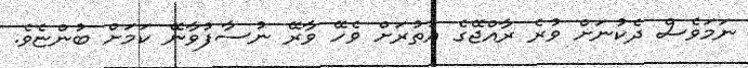
ނަމަވެސް ދެކުނަށް ވުރެ ރާއްޖޭގެ އުތުރަށް ވެހޭ ވާރޭ ނުސާފުވާނޭ ކަމަށް ބުންޏެވެ.